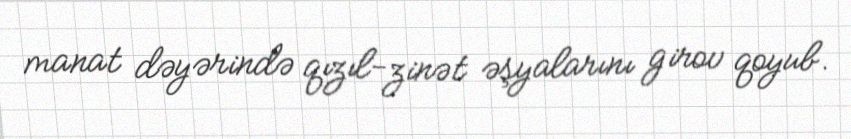
manat dəyərində qızıl-zinət əşyalarını girov qoyub.